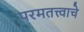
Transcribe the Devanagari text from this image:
परमतत्त्वाचे